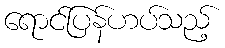
ရောင်ပြန်ဟပ်သည့်